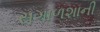
સગાળશાની